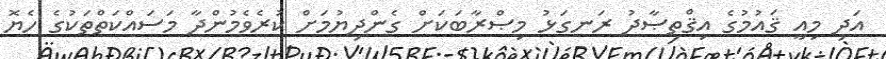
އަދި މިއީ ޤައުމުގެ އިޤްތިޞާދު ރަނގަޅު މިޞްރާބަކަށް ގެންދިޔުމަށް ކުރެވެމުންދާ މަސައްކަތްތަކުގެ ހެޔޮ